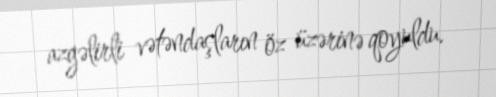
azgəlirli vətəndaşların öz üzərinə qoyuldu.